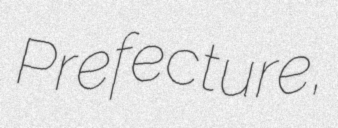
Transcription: Prefecture,